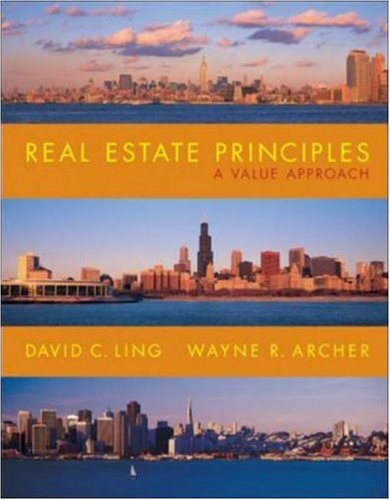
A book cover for Real Estate Principles: A Value Approach; David Ling; Business & Money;